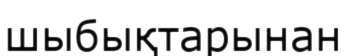
шыбықтарынан